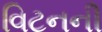
વિટનની